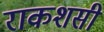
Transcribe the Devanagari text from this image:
राकशसी